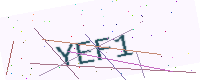
Text: YEF1